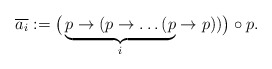
\begin{align*} \overline{a_i} := \big(\underbrace{p \to (p \to \dots (p}_i \to p ))\big) \circ p.\end{align*}